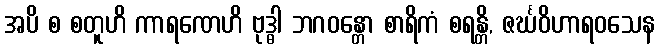
အပိ စ စတူဟိ ကာရဏေဟိ ဗုဒ္ဓါ ဘဂဝန္တော စာရိကံ စရန္တိ, ဇင်္ဃဝိဟာရဝသေန